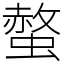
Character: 螫